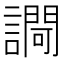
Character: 𧬱